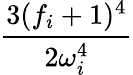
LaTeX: \frac{3(f_{i}+1)^{4}}{2\omega_{i}^{4}}